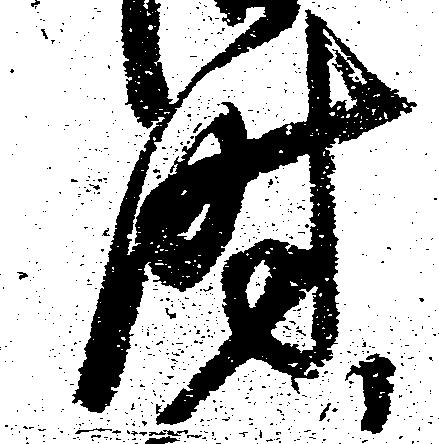
時